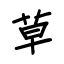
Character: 草